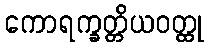
ကောရက္ခတ္တိယဝတ္ထု